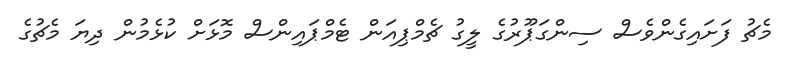
މެޗު ފަށައިގެންވެސް ސިންގަޕޫރުގެ ލީގު ޗެމްޕިއަން ޓެމްޕައިންސް މޮޅަށް ކުޅެމުން ދިޔަ މެޗުގެ